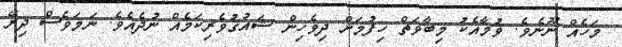
މަހެއް ނޫނެވެ. ވުމާއެކު މިބާވަތް ހިފުމަށް ދިވެހިން ޝައުގުވެރިކަމެއް ނުދެއެވެ. ނަމަވެސް ދިރޭ